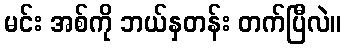
မင်း အစ်ကို ဘယ်နှတန်း တက်ပြီလဲ။